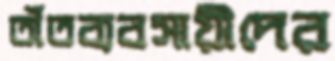
তাঁতব্যবসায়ীদের